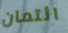
ائتمان